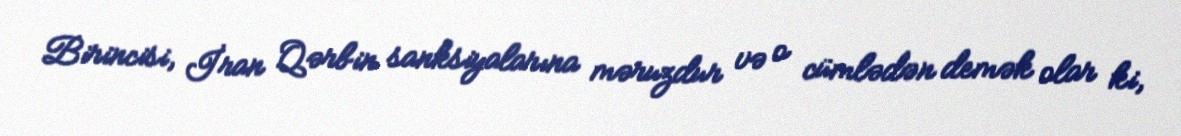
Birincisi, İran Qərbin sanksiyalarına məruzdur və o cümlədən demək olar ki,